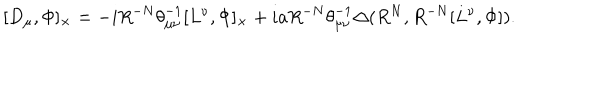
LaTeX: [ D _ { \mu } , \Phi ] _ { \times } = - i R ^ { - N } { \theta } _ { { \mu } { \nu } } ^ { - 1 } [ L ^ { \nu } , \Phi ] _ { \times } + i a R ^ { - N } { \theta } _ { { \mu } { \nu } } ^ { - 1 } { \Delta } ( R ^ { N } , R ^ { - N } [ L ^ { \nu } , \Phi ] ) .